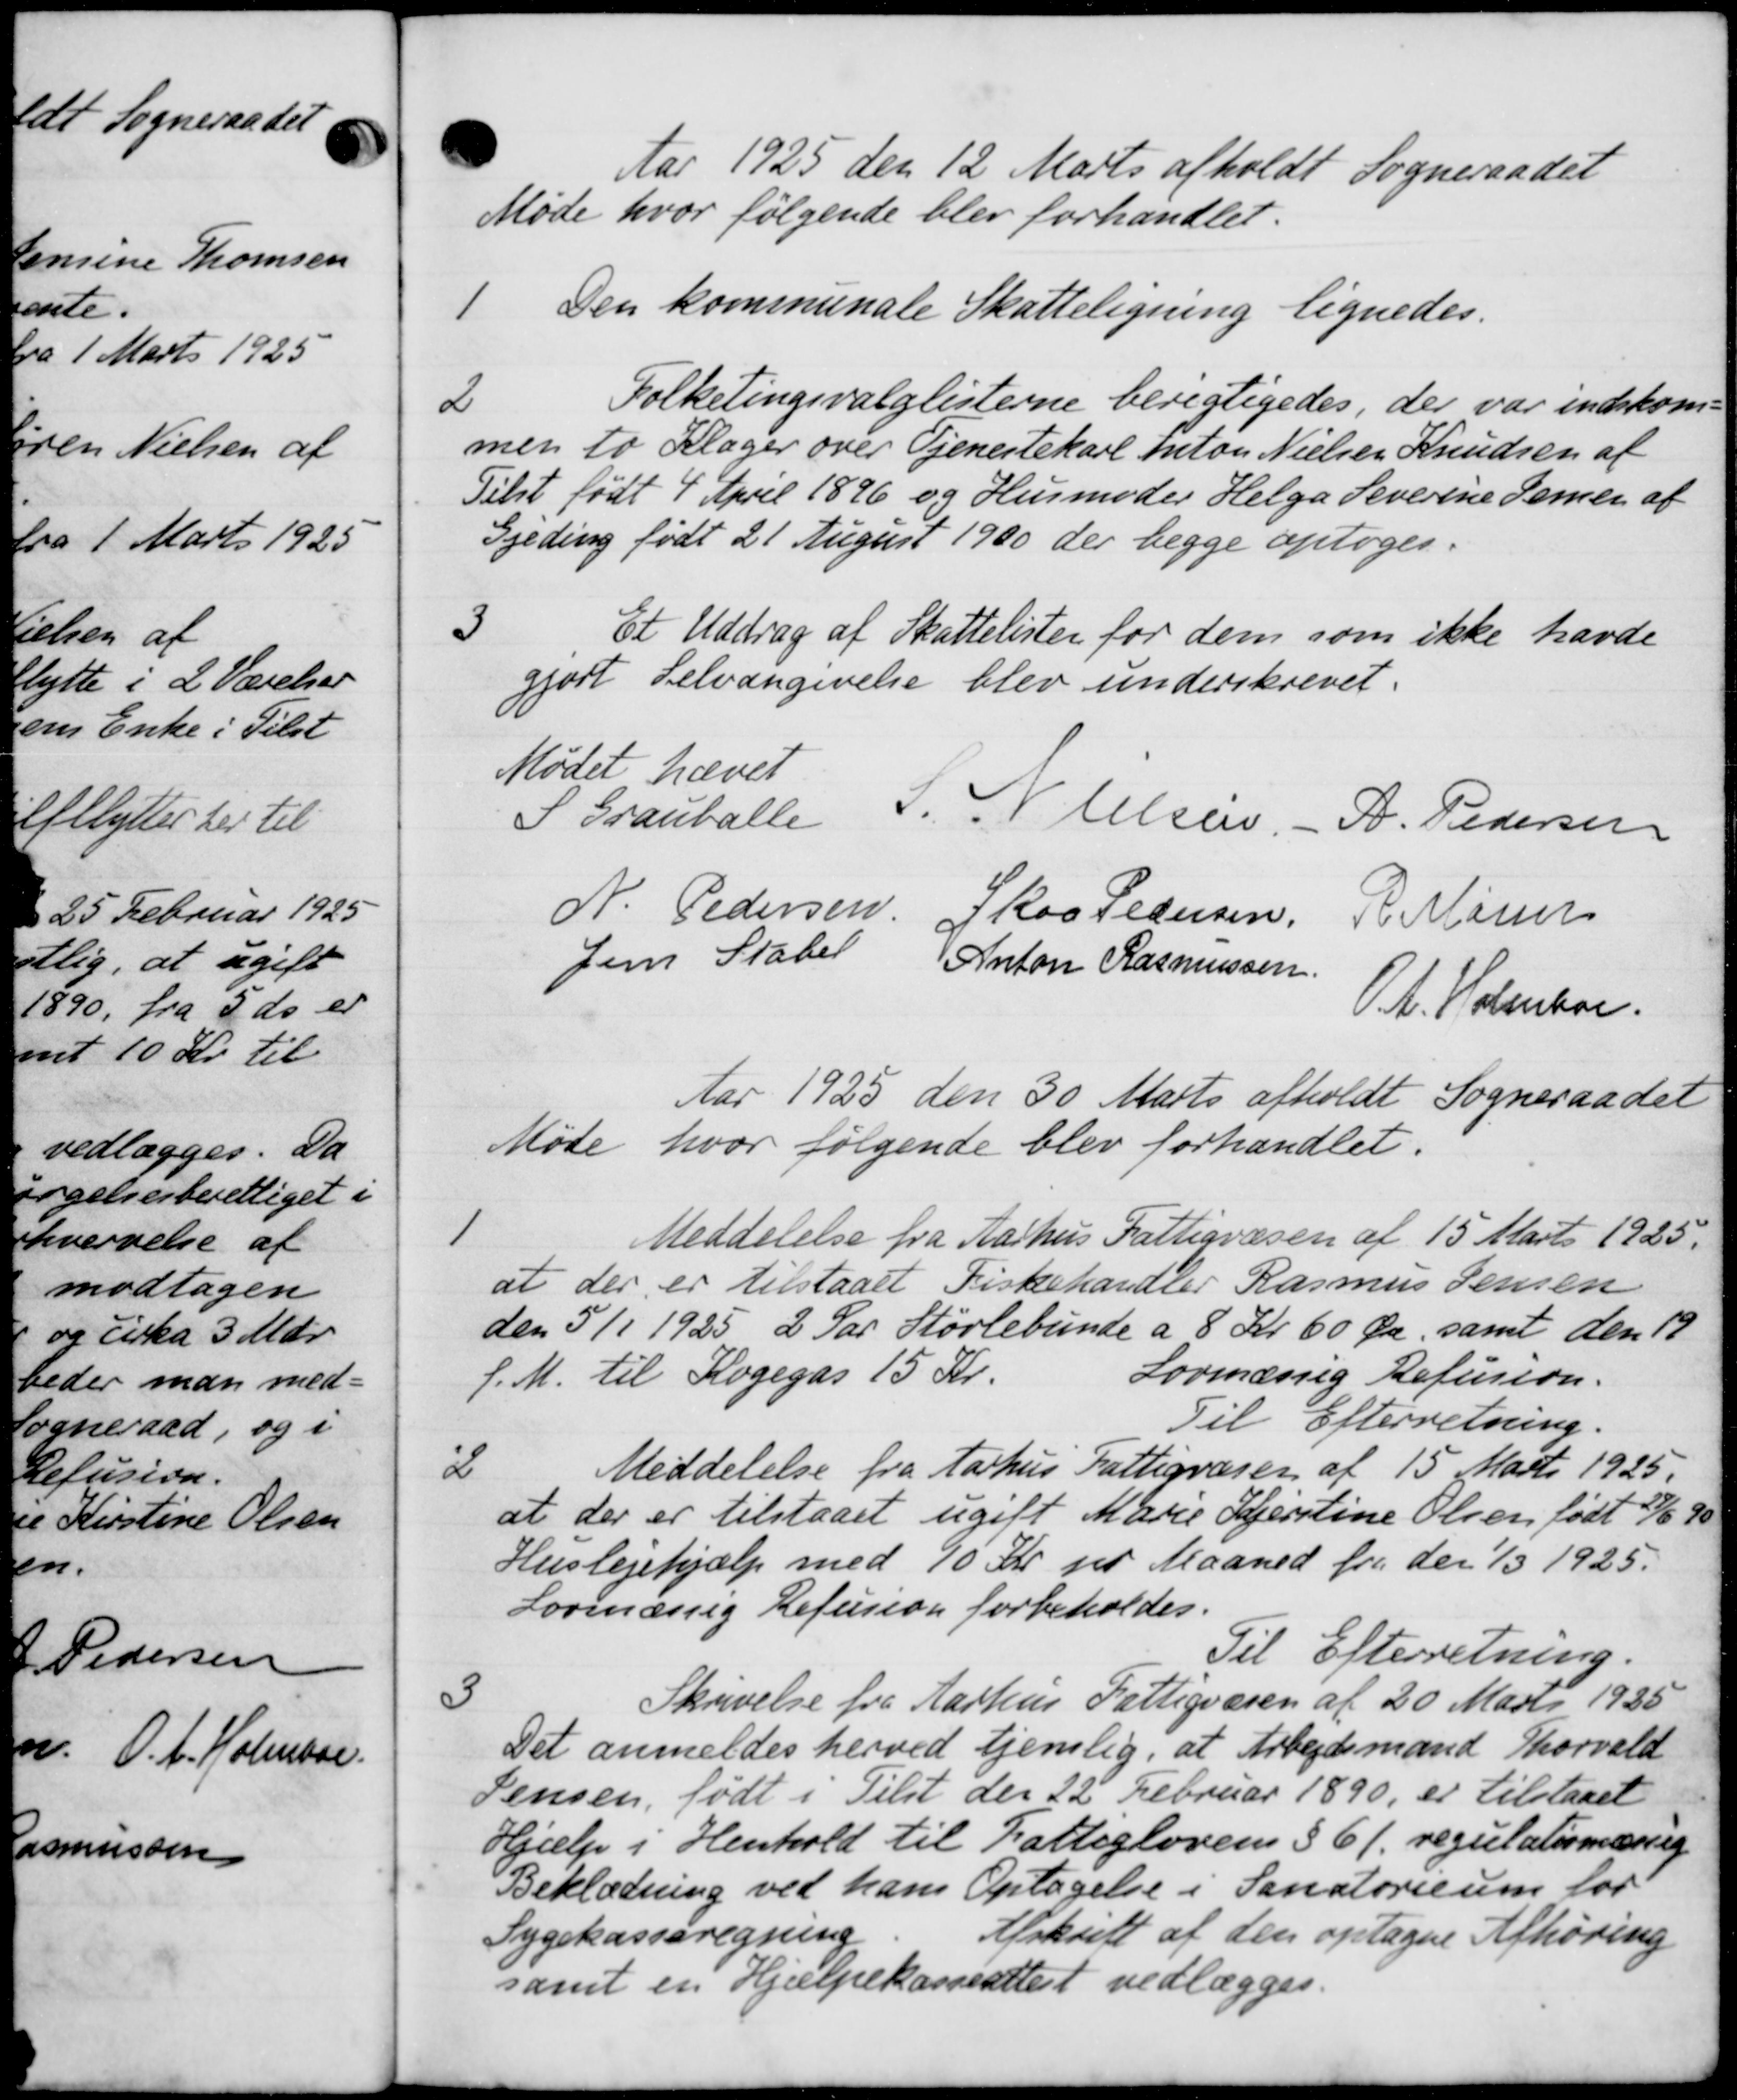
Transskription:
Aar 1925 den 12 Marts afholdt Sogneraadet
Møde hvor følgende blev forhandlet.
1 Den kommunale Skatteligning lignedes.
1 Den kommunale Skatteligning lignedes.
2
Folketingsvalglisterne berigtigedes, der var indskom-
men to Klager over Tjenestekarl Anton Nielsen Knudsen af
Tilst født 4 April 1896 og Husmoder Helga Severine Jensen af
Gjeding født 21 August 1900 der begge optoges.
3
Et Uddrag af Skattelister for dem som ikke havde
gjort Selvangivelse blev underskrevet.
Mødet hævet
S Grauballe
J. N. Olsen - A. Pedersen
N. Pedersen Skov Pedersen, R. Marie
Jens Stabel
Anton Rasmussen
O.A. Holmbor
Aar 1925 den 30 Marts afholdt Sogneraadet
Møde hvor følgende blev forhandlet.
1
Meddelelse fra Aarhus Fattigvæsen af 15 Marts 1925.
at der er tilstaaet Fiskehandler Rasmus Jensen
den 5/1 1925 2 Par Størlebunde a 8 Kr 60 Øre, samt den 19
f. M. til Kogegas 15 Kr.
Lovmæssig Refusion.
Til Efterretning.
2
Meddelelse fra Aarhus Fattigvæsen af 15 Marts 1925.
at der er tilstaaet ugift Marie Kjerstine Olsen født 23/6 90
Huslejehjælp med 70 Kr. pr Maaned fra den 1/3 1925.
Lovmæssig Refusion forbeholdes.
Til Efterretning.
3
Skrivelse fra Aarhus Fattigvæsen af 20 Marts 1935
Det anmeldes herved tjenlig, at Arbejdsmand Thorvald
Jensen, født i Tilst der 22 Februar 1890, er tilstaaet
Hjælp i Henhold til Fattiglovens § 61. regulationering
Beklædning ved hans Optagelse i Sanatorium for
Sygekasseregning
Afskrift af den optagne Afhøring
samt en Hjælpekasseattest vedlægges.